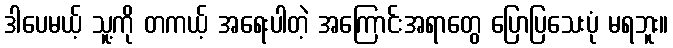
ဒါပေမယ့် သူ့ကို တကယ့် အရေးပါတဲ့ အကြောင်းအရာတွေ ပြောပြသေးပုံ မရဘူး။